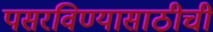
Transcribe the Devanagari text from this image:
पसरविण्यासाठीची